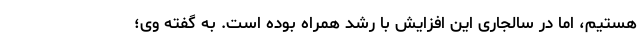
هستیم، اما در سالجاری این افزایش با رشد همراه بوده است. به گفته وی؛